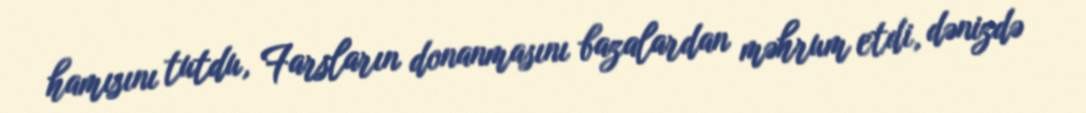
hamısını tutdu, Farsların donanmasını bazalardan məhrum etdi, dənizdə